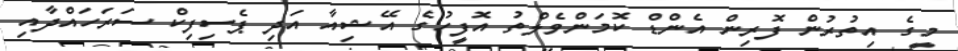
މީގެ އިތުރުން ފޮރިން އެންޑް ކޮމަންވެލްތު އޮފީހުގެ އޭޝިއާ އަދި ޕެސިފިކް ސަރަހައްދާއިި